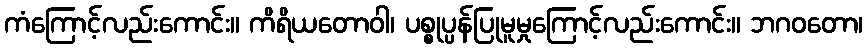
ကံကြောင့်လည်းကောင်း။ ကိရိယတောဝါ၊ ပစ္စုပ္ပန်ပြုမူမှုကြောင့်လည်းကောင်း။ ဘဂဝတော၊